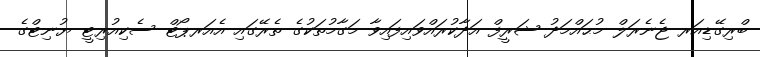
ބްރިގޭޑިއަރ ޖެނެރަލް މުޙައްމަދު ޝަރީފް އަދާކުރައްވައިފައިވާ މަގާމުތަކުގެ ތެރޭގައި އެއަރޕޯޓް ސެކިއުރިޓީ ޔުނިޓްގެ